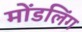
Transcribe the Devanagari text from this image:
मोंडलिंग